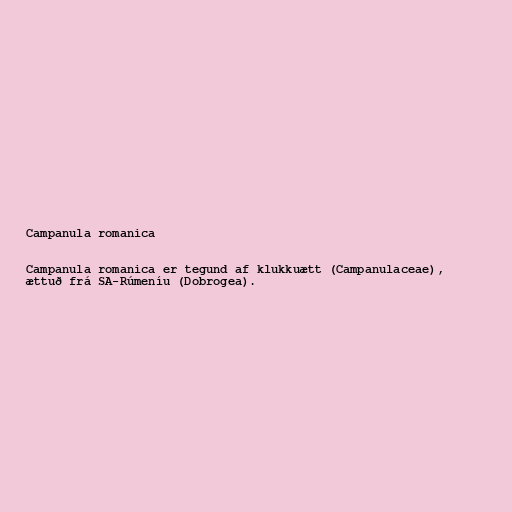
Campanula romanica

Campanula romanica er tegund af klukkuætt (Campanulaceae),
ættuð frá SA-Rúmeníu (Dobrogea).